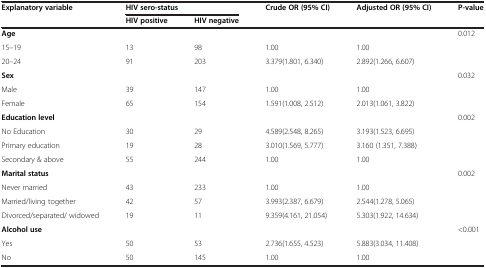
| Explanatory variable | <COLSPAN=2> HIV sero-status | Crude OR (95% CI) | Adjusted OR (95% CI) | P-value |
 |  | HIV positive | HIV negative |  |  |  |
 | --- | --- | --- | --- | --- | --- |
 | Age |  |  |  |  | <ROWSPAN=3> 0.012 |
 | 15–19 | 13 | 98 | 1.00 | 1.00 |
 | 20–24 | 91 | 203 | 3.379(1.801, 6.340) | 2.892(1.266, 6.607) |
 | Sex |  |  |  |  | <ROWSPAN=3> 0.032 |
 | Male | 39 | 147 | 1.00 | 1.00 |
 | Female | 65 | 154 | 1.591(1.008, 2.512) | 2.013(1.061, 3.822) |
 | Education level |  |  |  |  | <ROWSPAN=4> 0.002 |
 | No Education | 30 | 29 | 4.589(2.548, 8.265) | 3.193(1.523, 6.695) |
 | Primary education | 19 | 28 | 3.010(1.569, 5.777) | 3.160 (1.351, 7.388) |
 | Secondary & above | 55 | 244 | 1.00 | 1.00 |
 | Marital status |  |  |  |  | <ROWSPAN=4> 0.002 |
 | Never married | 43 | 233 | 1.00 | 1.00 |
 | Married/living together | 42 | 57 | 3.993(2.387, 6.679) | 2.544(1.278, 5.065) |
 | Divorced/separated/ widowed | 19 | 11 | 9.359(4.161, 21.054) | 5.303(1.922, 14.634) |
 | Alcohol use |  |  |  |  | <ROWSPAN=3> <0.001 |
 | Yes | 50 | 53 | 2.736(1.655, 4.523) | 5.883(3.034, 11.408) |
 | No | 50 | 145 | 1.00 | 1.00 |